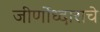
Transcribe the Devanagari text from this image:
जीर्णोध्दाराचे